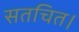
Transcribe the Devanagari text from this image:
सतचित।